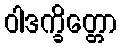
ဝါဒက္ခိတ္တော